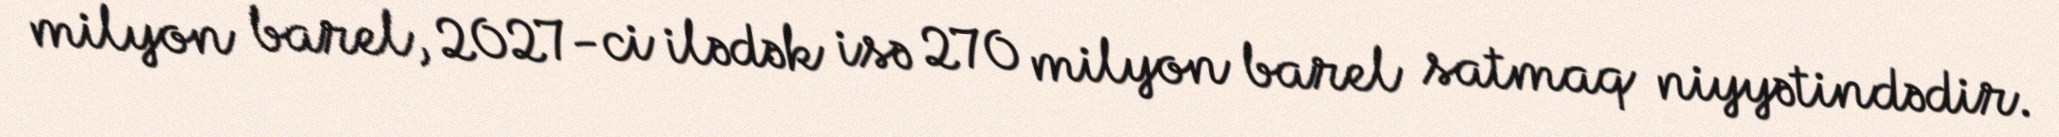
milyon barel, 2027-ci ilədək isə 270 milyon barel satmaq niyyətindədir.